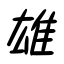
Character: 雄